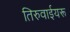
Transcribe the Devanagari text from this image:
तिरुवाईयरू